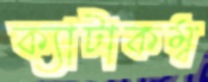
ক্যাটাকম্ব